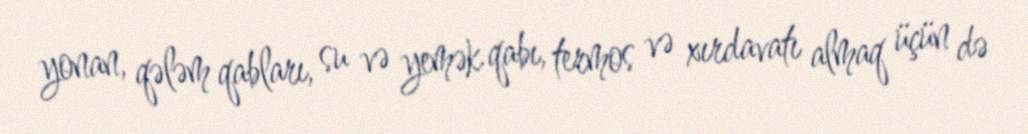
yonan, qələm qabları, su və yemək qabı, termos və xırdavatı almaq üçün də